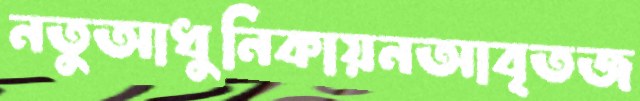
নতুআধুনিকায়নআবৃতজ